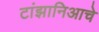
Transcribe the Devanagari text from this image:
टांझानिआचे